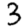
Digit: 3